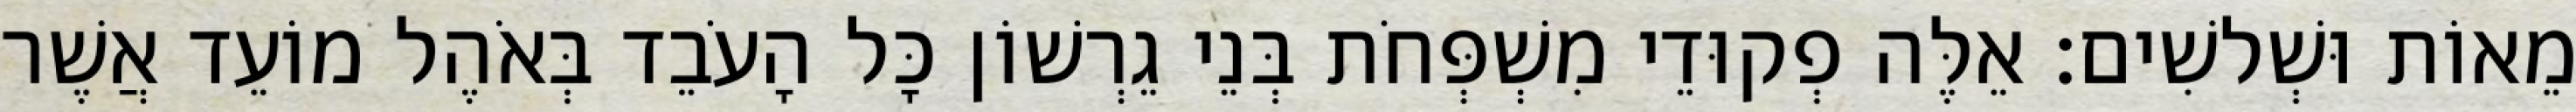
מֵאוֹת וּשְׁלשִׁים׃ אֵלֶּה פְקוּדֵי מִשְׁפְּחֹת בְּנֵי גֵרְשׁוֹן כָּל הָעֹבֵד בְּאֹהֶל מוֹעֵד אֲשֶׁר